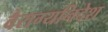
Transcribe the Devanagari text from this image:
वैराग्यनिदेश